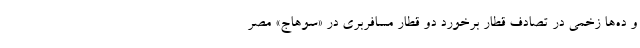
و ده‌ها زخمی در تصادف قطار برخورد دو قطار مسافربری در «سوهاج» مصر